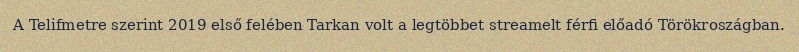
A Telifmetre szerint 2019 első felében Tarkan volt a legtöbbet streamelt férfi előadó Törökroszágban.